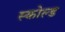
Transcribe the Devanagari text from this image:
स्कोल्ड